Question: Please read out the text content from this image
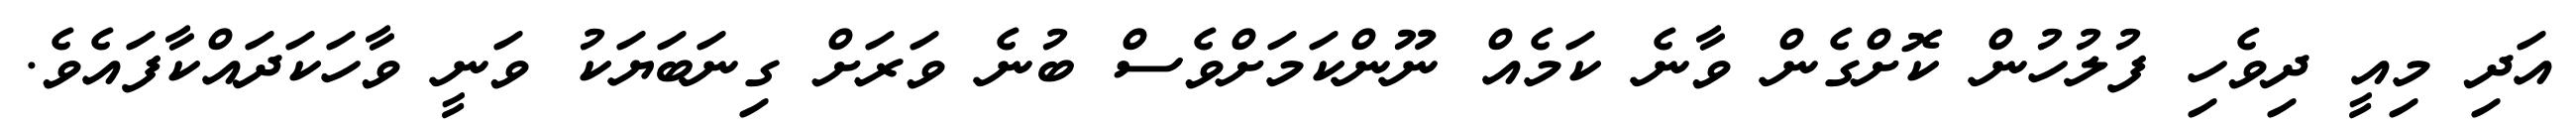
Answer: އަދި މިއީ ދިވެހި ފުލުހުން ކޮށްގެން ވާނެ ކަމެއް ނޫންކަމަށްވެސް ބުނެ ވަރަށް ގިނަބަޔަކު ވަނީ ވާހަކަދައްކާފައެވެ.